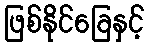
ဖြစ်နိုင်ခြေနှင့်